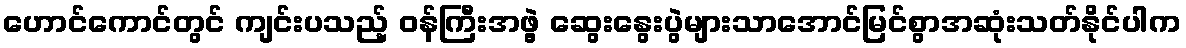
ဟောင်ကောင်တွင် ကျင်းပသည့် ဝန်ကြီးအဖွဲ့ ဆွေးနွေးပွဲများသာအောင်မြင်စွာအဆုံးသတ်နိုင်ပါက